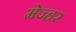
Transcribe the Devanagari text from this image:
मेज्हर